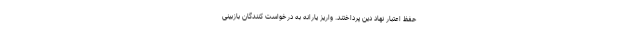
حفظ اعتبار نهاد دین پرداختند. واریز یارانه به درخواست کنندگان بازبینی